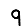
Digit: 9